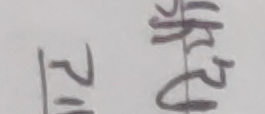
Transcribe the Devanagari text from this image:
१२ र्टु